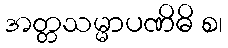
အတ္တသမ္မာပဏိဓိ စ၊